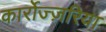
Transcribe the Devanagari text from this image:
कार्रोज्ज़रिया